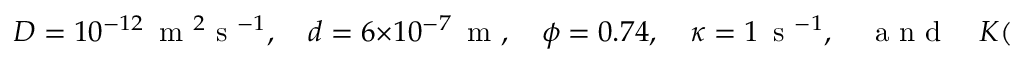
D = 1 0 ^ { - 1 2 } \, \mathrm { ~ m ~ } ^ { 2 } \mathrm { ~ s ~ } ^ { - 1 } , \quad d = 6 \times 1 0 ^ { - 7 } \, \mathrm { ~ m ~ } , \quad \phi = 0 . 7 4 , \quad \kappa = 1 \, \mathrm { ~ s ~ } ^ { - 1 } , \quad \mathrm { ~ a ~ n ~ d ~ } \quad K ( S = 0 ) = 0 . 0 1 .